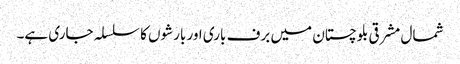
شمال مشرقی بلوچستان میں برف باری اور بارشوں کا سلسلہ جاری ہے۔